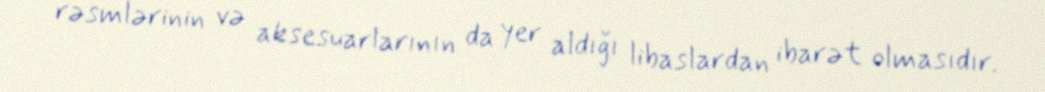
rəsmlərinin və aksesuarlarının da yer aldığı libaslardan ibarət olmasıdır.